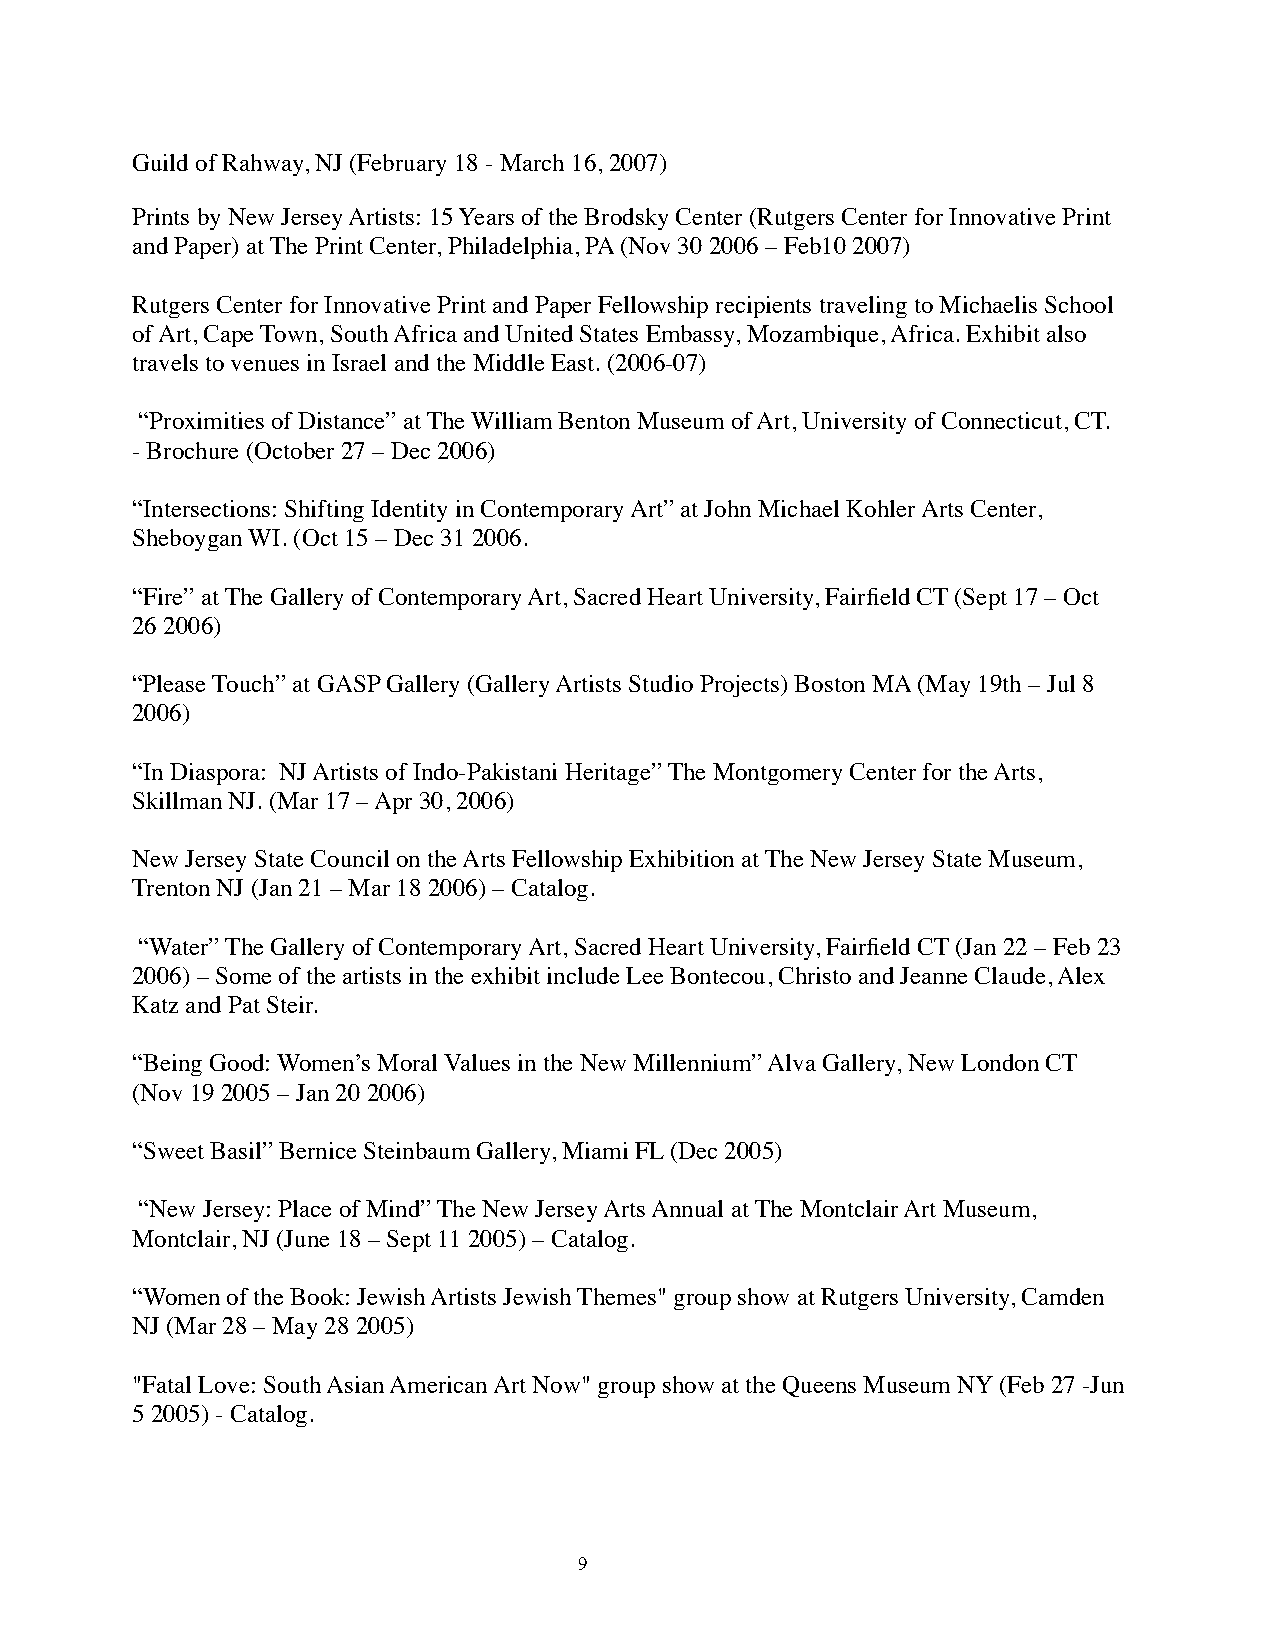
Guild of Rahway, NJ (February 18 - March 16, 2007)
 Prints by New Jersey Artists: 15 Years of the Brodsky Center (Rutgers Center for Innovative Print
 and Paper) at The Print Center, Philadelphia, PA (Nov 30 2006 – Feb10 2007)
 Rutgers Center for Innovative Print and Paper Fellowship recipients traveling to Michaelis School
 of Art, Cape Town, South Africa and United States Embassy, Mozambique, Africa. Exhibit also
 travels to venues in Israel and the Middle East. (2006-07)
 “Proximities of Distance” at The William Benton Museum of Art, University of Connecticut, CT.
 - Brochure (October 27 – Dec 2006)
 “Intersections: Shifting Identity in Contemporary Art” at John Michael Kohler Arts Center,
 Sheboygan WI. (Oct 15 – Dec 31 2006.
 “Fire” at The Gallery of Contemporary Art, Sacred Heart University, Fairfield CT (Sept 17 – Oct
 26 2006)
 “Please Touch” at GASP Gallery (Gallery Artists Studio Projects) Boston MA (May 19th – Jul 8
 2006)
 “In Diaspora: NJ Artists of Indo-Pakistani Heritage” The Montgomery Center for the Arts,
 Skillman NJ. (Mar 17 – Apr 30, 2006)
 New Jersey State Council on the Arts Fellowship Exhibition at The New Jersey State Museum,
 Trenton NJ (Jan 21 – Mar 18 2006) – Catalog.
 “Water” The Gallery of Contemporary Art, Sacred Heart University, Fairfield CT (Jan 22 – Feb 23
 2006) – Some of the artists in the exhibit include Lee Bontecou, Christo and Jeanne Claude, Alex
 Katz and Pat Steir.
 “Being Good: Women’s Moral Values in the New Millennium” Alva Gallery, New London CT
 (Nov 19 2005 – Jan 20 2006)
 “Sweet Basil” Bernice Steinbaum Gallery, Miami FL (Dec 2005)
 “New Jersey: Place of Mind” The New Jersey Arts Annual at The Montclair Art Museum,
 Montclair, NJ (June 18 – Sept 11 2005) – Catalog.
 “Women of the Book: Jewish Artists Jewish Themes" group show at Rutgers University, Camden
 NJ (Mar 28 – May 28 2005)
 "Fatal Love: South Asian American Art Now" group show at the Queens Museum NY (Feb 27 -Jun
 5 2005) - Catalog.
 9